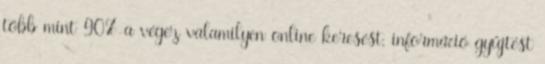
több mint 90%-a végez valamilyen online keresést, információ gyűjtést